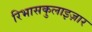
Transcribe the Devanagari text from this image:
रिभासकुलाइज़ार